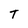
Character: T